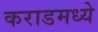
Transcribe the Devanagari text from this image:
कराडमध्ये